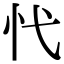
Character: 𢖺